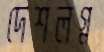
দেশলগ্ন